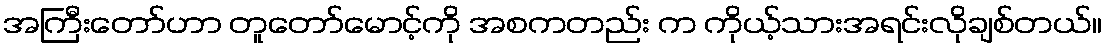
အကြီးတော်ဟာ တူတော်မောင့်ကို အစကတည်း က ကိုယ့်သားအရင်းလိုချစ်တယ်။